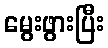
မွေးဖွားပြီး